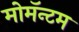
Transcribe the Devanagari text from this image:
मोमॅन्टम